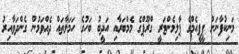
މަނިކުފާނަށް ޕީޕީއެމްގެ ޕާލިމެންޓަރީ ގްރޫޕްގެ މެމްބަރާއި އަދީބު ބަހުގެ ހަމަލާތައް ދެއްވަމުން ގެންދަވާއިރު